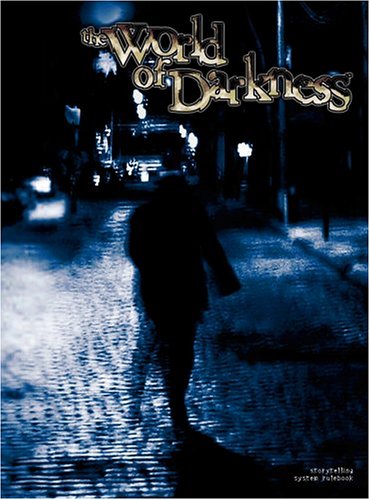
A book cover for The World of Darkness; White Wolf Game Studio; Science Fiction & Fantasy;